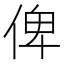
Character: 俾